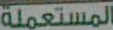
المستعملة